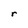
Character: r